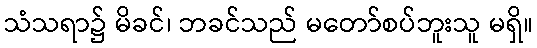
သံသရာ၌ မိခင်၊ ဘခင်သည် မတော်စပ်ဘူးသူ မရှိ။